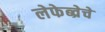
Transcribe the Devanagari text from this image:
लेफेब्व्रेचे